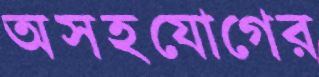
অসহযোগের